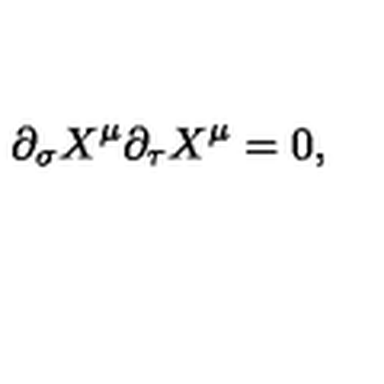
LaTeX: \partial _ { \sigma } X ^ { \mu } \partial _ { \tau } X ^ { \mu } = 0 ,